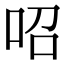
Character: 𠰉